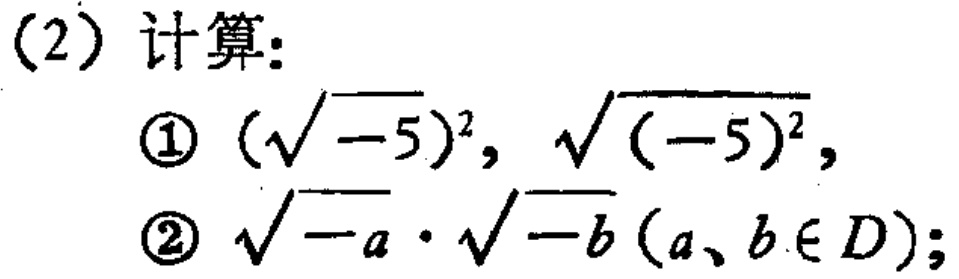
(2) 计算：
\textcircled{1} $(\sqrt{-5})^{2}, \sqrt{(-5)^{2}}$,
\textcircled{2} $\sqrt{-a}\cdot\sqrt{-b}(a、b\in D)$;